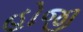
હોજી